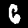
Label: 6